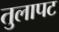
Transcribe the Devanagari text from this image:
तुलापट